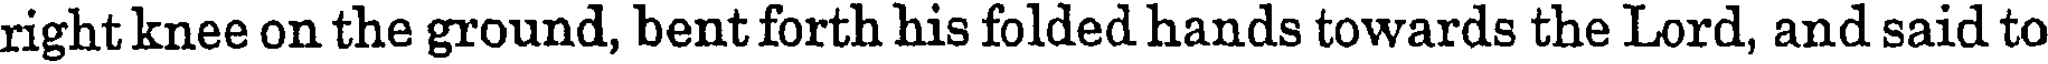
right knee on the ground, bent forth his folded hands towards the Lord, and said to